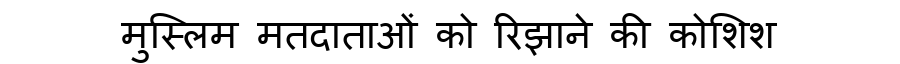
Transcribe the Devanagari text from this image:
मुस्लिम मतदाताओं को रिझाने की कोशिश